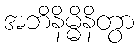
အဘိနိမ္မိနိတွာ